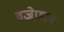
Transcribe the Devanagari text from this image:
वज्रेणान